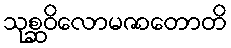
သုစ္ဆဝိလောမဇာတောတိ